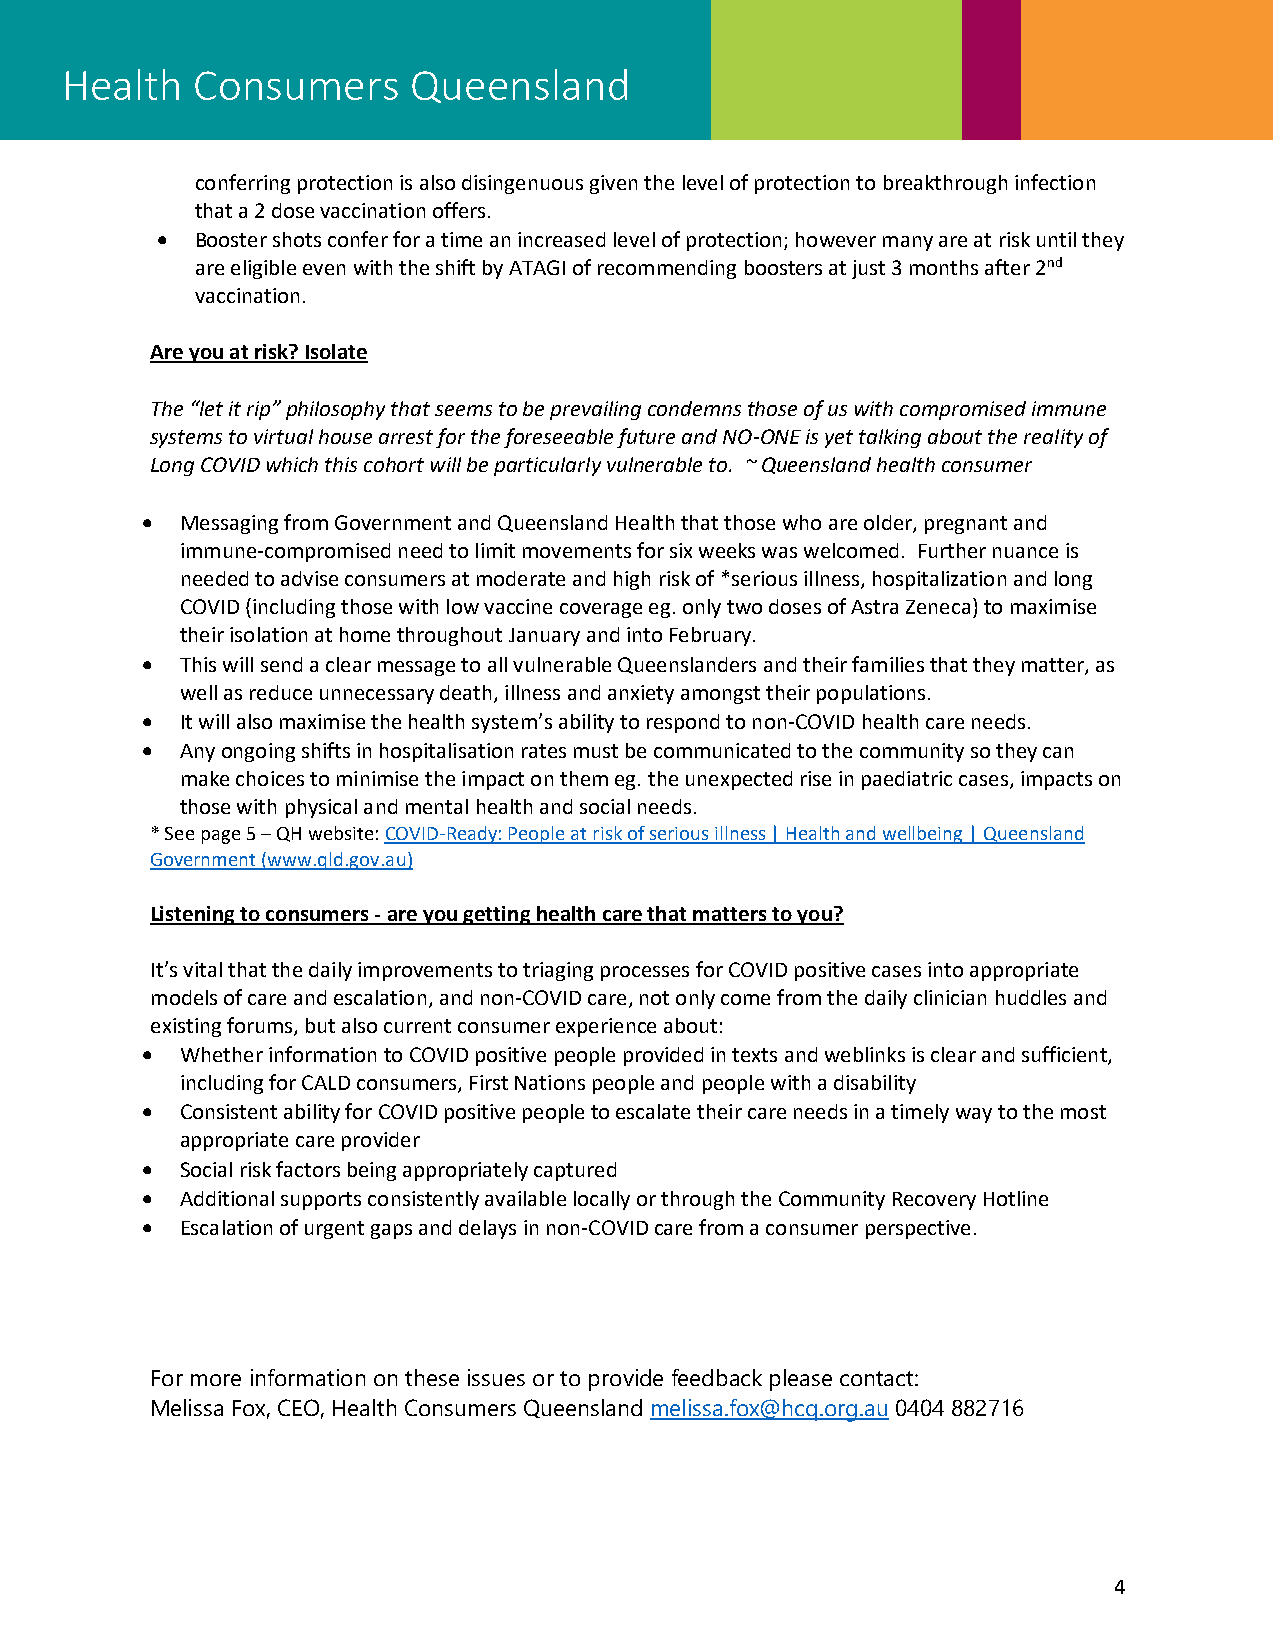
Health   Consumers     Queensland
 conferring protection is also disingenuous given the level of protection to breakthrough infection
 that a 2 dose vaccination offers.
 •  Booster shots confer for a time an increased level of protection; however many are at risk until they
 are eligible even with the shift by ATAGI of recommending boosters at just 3 months after 2nd
 vaccination.
 Are you at risk? Isolate
 The “let it rip” philosophy that seems to be prevailing condemns those of us with compromised immune
 systems to virtual house arrest for the foreseeable future and NO-ONE is yet talking about the reality of
 Long COVID which this cohort will be particularly vulnerable to. ~ Queensland health consumer
 •  Messaging from Government and Queensland Health that those who are older, pregnant and
 immune-compromised need to limit movements for six weeks was welcomed. Further nuance is
 needed to advise consumers at moderate and high risk of *serious illness, hospitalization and long
 COVID (including those with low vaccine coverage eg. only two doses of Astra Zeneca) to maximise
 their isolation at home throughout January and into February.
 •  This will send a clear message to all vulnerable Queenslanders and their families that they matter, as
 well as reduce unnecessary death, illness and anxiety amongst their populations.
 •  It will also maximise the health system’s ability to respond to non-COVID health care needs.
 •  Any ongoing shifts in hospitalisation rates must be communicated to the community so they can
 make choices to minimise the impact on them eg. the unexpected rise in paediatric cases, impacts on
 those with physical and mental health and social needs.
 * See page 5 – QH website: COVID-Ready: People at risk of serious illness | Health and wellbeing | Queensland
 Government (www.qld.gov.au)
 Listening to consumers - are you getting health care that matters to you?
 It’s vital that the daily improvements to triaging processes for COVID positive cases into appropriate
 models of care and escalation, and non-COVID care, not only come from the daily clinician huddles and
 existing forums, but also current consumer experience about:
 •  Whether information to COVID positive people provided in texts and weblinks is clear and sufficient,
 including for CALD consumers, First Nations people and people with a disability
 •  Consistent ability for COVID positive people to escalate their care needs in a timely way to the most
 appropriate care provider
 •  Social risk factors being appropriately captured
 •  Additional supports consistently available locally or through the Community Recovery Hotline
 •  Escalation of urgent gaps and delays in non-COVID care from a consumer perspective.
 For more information on these issues or to provide feedback please contact:
 Melissa Fox, CEO, Health Consumers Queensland melissa.fox@hcq.org.au 0404 882716
 4